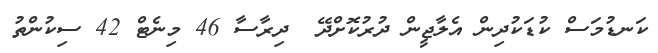
ކަނޑުމަސް ކުޑަކުދިން އެލާޖީން ދުރުކޮށްދޭ  ދިރާސާ 46 މިނެޓް 42 ސިކުންތު